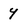
Character: 4